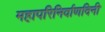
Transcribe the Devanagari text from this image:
महापरिनिर्वाणदिनी